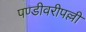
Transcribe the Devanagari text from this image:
पण्डीवरीपल्ली